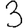
Digit: 3